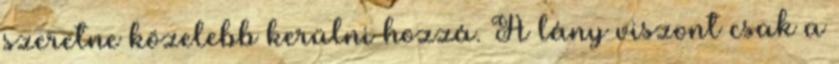
szeretne közelebb kerülni hozzá. A lány viszont csak a